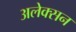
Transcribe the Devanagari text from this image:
अलेक्सन